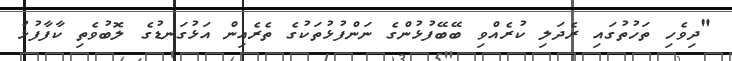
"ދިވެހި ތަހުތުގައި ރެދަލި ކުރެއްވި ބޭބޭފުޅުންގެ ނަންފުޅުތަކުގެ ތެރެއިން އަޅުގަނޑުގެ ލޮބުވެތި ކާފާފުޅު